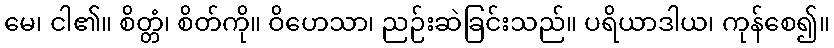
မေ၊ ငါ၏။ စိတ္တံ၊ စိတ်ကို။ ဝိဟေသာ၊ ညဉ်းဆဲခြင်းသည်။ ပရိယာဒါယ၊ ကုန်စေ၍။